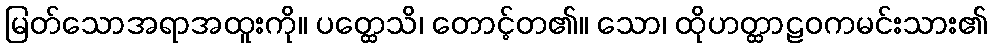
မြတ်သောအရာအထူးကို။ ပတ္ထေသိ၊ တောင့်တ၏။ သော၊ ထိုဟတ္ထာဠဝကမင်းသား၏